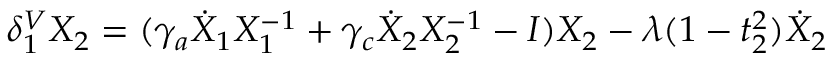
\delta _ { 1 } ^ { V } X _ { 2 } = ( \gamma _ { a } \dot { X } _ { 1 } X _ { 1 } ^ { - 1 } + \gamma _ { c } \dot { X } _ { 2 } X _ { 2 } ^ { - 1 } - I ) X _ { 2 } - \lambda ( 1 - t _ { 2 } ^ { 2 } ) \dot { X } _ { 2 }